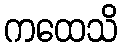
ကထေသိ